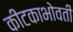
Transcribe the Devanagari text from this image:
कीटकाभोवती